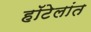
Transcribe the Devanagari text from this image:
हॉटेलांत